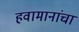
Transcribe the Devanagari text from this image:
हवामानांचा